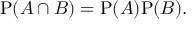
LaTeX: \mathrm { P } ( A \cap B ) = \mathrm { P } ( A ) \mathrm { P } ( B ) .